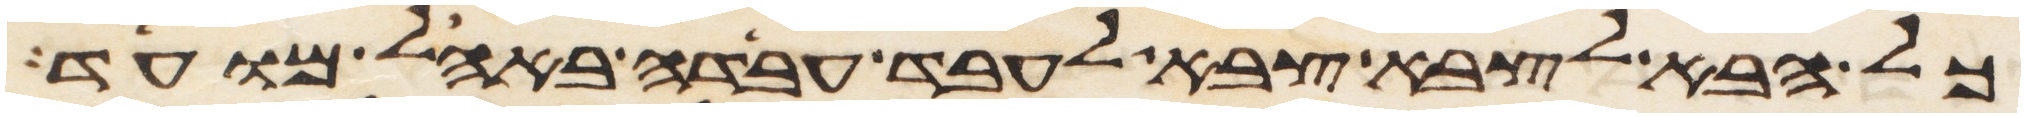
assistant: כל הבא לצבא צבא לעבד עבדה באהל מועד